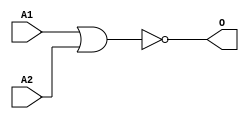
module JNOR2C(A1, A2, O);
input   A1;
input   A2;
output  O;
nor g0(O, A1, A2);
endmodule